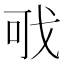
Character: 𢦪